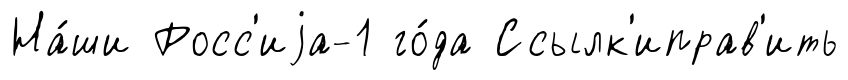
На́ши Росс'иjа-1 го́да Ссылк'иправ'ить